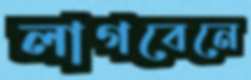
লাগবেনে